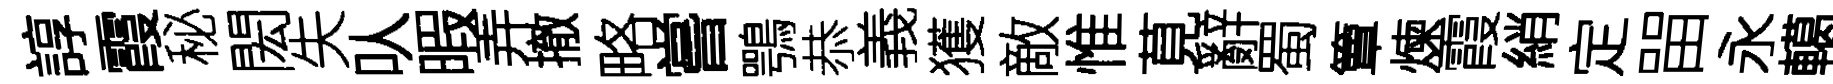
諄霞秘閎失㕥暇弄撤略嘗鶚恭義獲敵惟莧辭蜀簟煉霞綃定㽞永轕